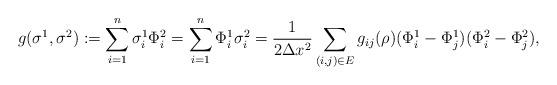
LaTeX: \begin{align*}g(\sigma^1,\sigma^2):=\sum_{i=1}^n\sigma^1_i\Phi^2_i=\sum_{i=1}^n\Phi^1_i\sigma^2_i=\frac{1}{2\Delta x^2}\sum_{ (i,j)\in E}g_{ij}(\rho)(\Phi_i^1-\Phi_j^1)(\Phi_i^2-\Phi_j^2), \end{align*}